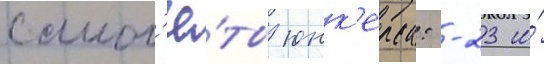
самол'ё́ты юнк'ерса: -23 и́